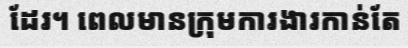
ដែរ។ ពេលមានក្រុមការងារកាន់តែ